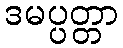
ဒမပ္ပတ္တာ